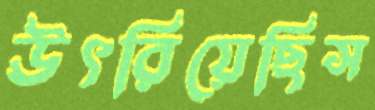
উৎরিয়েছিস